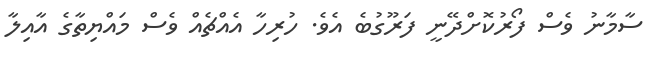
ސާމާނު ވެސް ފޯރުކޮށްދޭނީ ފަރޫގުބެ އެވެ. ހުރިހާ އެއްޗެއް ވެސް މައްޔިތާގެ އާއިލާ